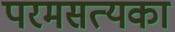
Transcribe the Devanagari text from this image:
परमसत्यका